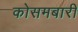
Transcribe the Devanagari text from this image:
कोसमबारी